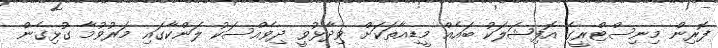
ފޮރިން މިނިސްޓްރީގެ އޮފިޝަލަކު ބައެއް މީޑިއާތަކަށް ވިދާޅުވީ ދިވެއްސަކު ލަންކާގައި މަރުވުމާ ގުޅިގެން